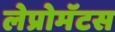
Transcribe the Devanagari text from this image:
लेप्रोमॅटस